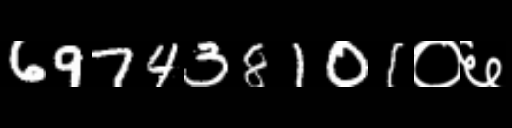
Text: 697438101०६